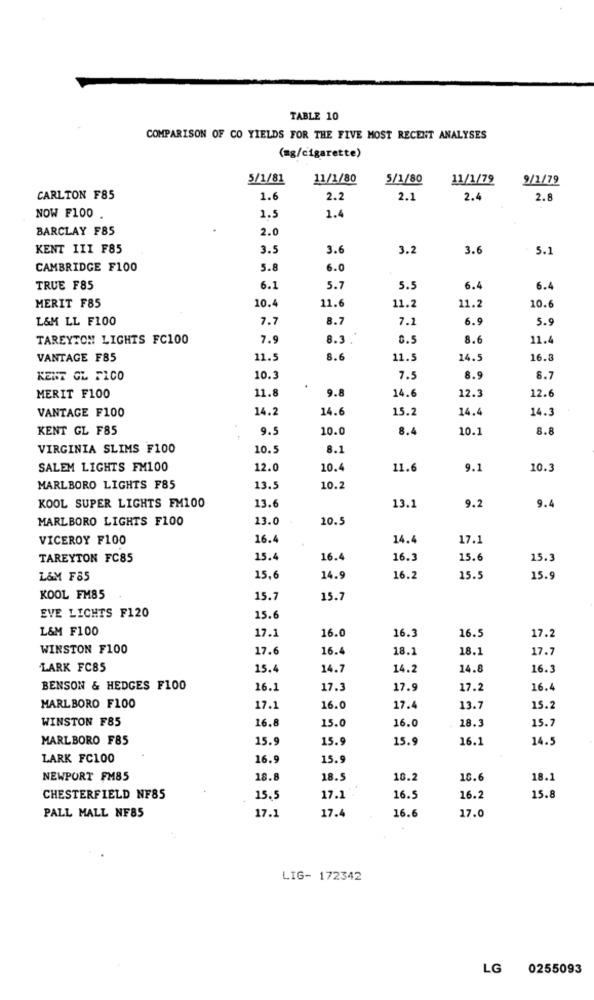
TABLE 10
COMPARISON OF CO YIELDS FOR THE FIVE MOST RECENT ANALYSES
(ag/cigarette)
5/1/81
11/1/80
5/1/80
11/1/79
9/1/79
CARLTON F85
1.6
2.2
2.1
2.4
2.8
NOW F100 .
1.5
1.4
BARCLAY F85
2.0
KENT III F85
3.5
3.6
3.2
3.6
5.1
CAMBRIDGE F100
5.8
6.0
TRUE F85
6.1
5.7
5.5
6.4
6.4
11.6
MERIT F85
10.4
11.2
11.2
10.6
L&M LL F100
7.7
8.7
7.1
6.9
5.9
TAREYTON LIGHTS FC100
7.9
8.3
8.6
11.4
VANTAGE F85
11.5
8.6
11.5
14.5
16.3
KENT GL FICO
10.3
7.5
8.9
8.1
11.8
9.8
14.6
12.6
MERIT F100
12.3
VANTAGE F100
14.2
14.6
15.2
14.4
14.3
KENT GL F85
9.5
10.0
8.4
10.1
8.8
VIRGINIA SLIMS F100
10.5
8.1
SALEM LIGHTS FM100
12.0
10.4
11.6
9.1
10.3
MARLBORO LIGHTS F85
13.5
10.2
KOOL SUPER LIGHTS FM100
13.6
13.1
9.2
9.4
MARLBORO LIGHTS F100
13.0
10.5
VICEROY F100
16.4
14.4
17.1
TAREYTON FC85
15.4
16.4
16.3
15.6
15.3
L&M F85
15,6
14.9
16.2
15.5
15.9
KOOL FM85
15.7
15.7
EVE LICHTS F120
15.6
L&M F100
16.0
16.3
17.2
17.1
16.5
WINSTON F100
17.6
16.4
18.1
18.1
17.7
LARK FC85
15.4
14.7
14.2
14.8
16.3
BENSON & HEDGES F100
16.1
17.3
17.9
17.2
16.4
MARLBORO F100
17.1
16.0
17.4
13.7
15.2
WINSTON F85
16.8
15.0
16.0
18.3
15.7
MARLBORO F85
15.9
15.9
15.9
16.1
14.5
LARK FC100
16.9
15.9
NEWPORT FM85
18.8
18.5
10.2
18.6
18.1
CHESTERFIELD NF85
15.5
17.1
16.5
16.2
15.8
PALL MALL NF85
17.4
16.6
17.1
17.0
LIG- 172342
LG 0255093